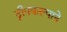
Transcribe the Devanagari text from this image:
द्वीपकल्पाने